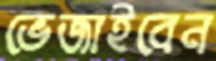
ভেজাইবেন